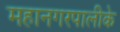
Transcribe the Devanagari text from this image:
महानगरपालीके